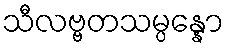
သီလဗ္ဗတသမ္ပန္နော